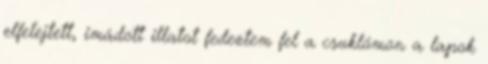
elfelejtett, imádott illatot fedeztem fel a csuklómon a lapok